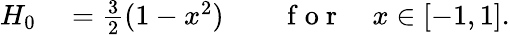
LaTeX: \begin{array}{rlrl}{H_{0}}&{{}=\frac 32(1-x^{2})}&{}&{{}\mathrm{~f~o~r~}\quad x\in[-1,1].}\end{array}